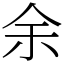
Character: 余